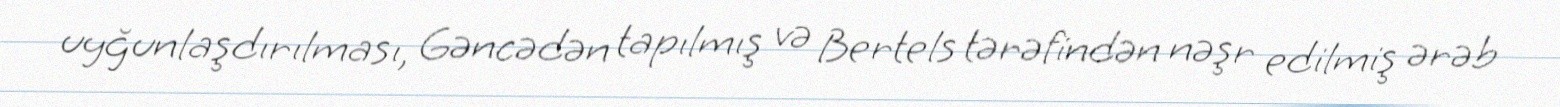
uyğunlaşdırılması, Gəncədən tapılmış və Bertels tərəfindən nəşr edilmiş ərəb